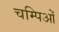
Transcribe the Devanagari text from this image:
चम्पिओं